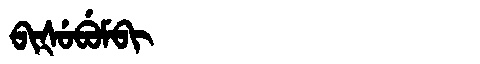
Manchu: ᠪᡳᡧᡠᠪᡠᠮᠪᡳ
Romanization: BIŠUBUMBI